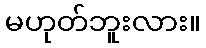
မဟုတ်ဘူးလား။